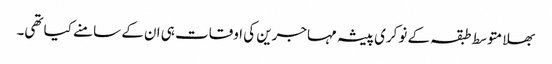
بھلا متوسط طبقہ کے نوکری پیشہ مہاجرین کی اوقات ہی ان کے سامنے کیا تھی۔